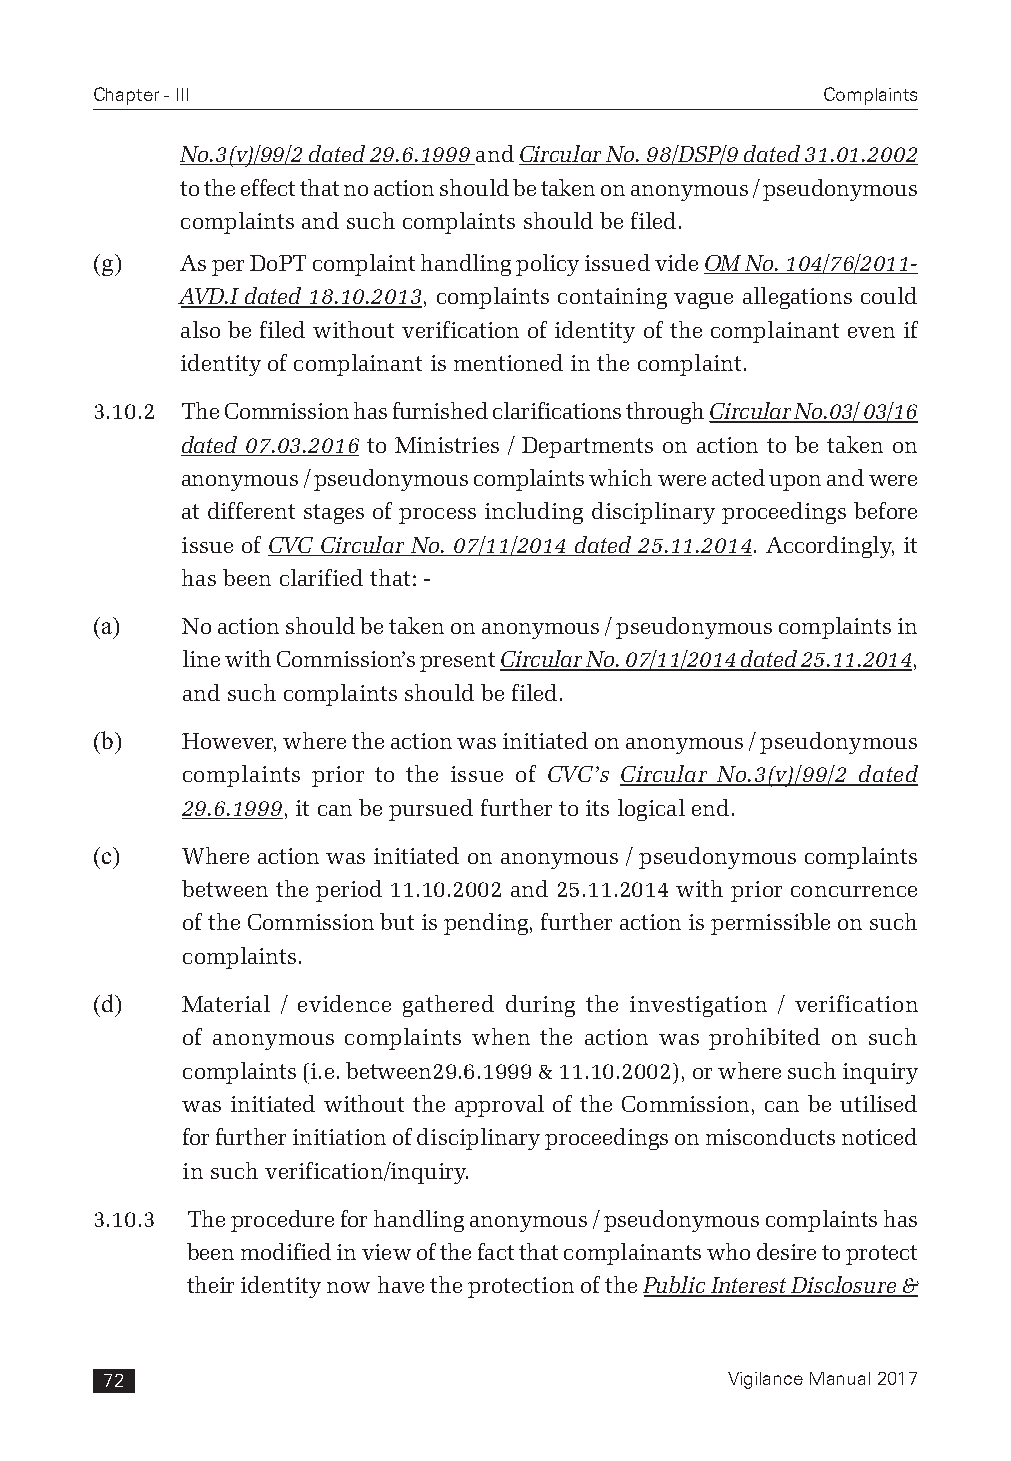
Chapter - III                                   Complaints
 No.3(v)/99/2 dated 29.6.1999 and Circular No. 98/DSP/9 dated 31.01.2002
 to the effect that no action should be taken on anonymous / pseudonymous
 complaints and such complaints should be filed.
 (g)   As per DoPT complaint handling policy issued vide OM No. 104/76/2011-
 AVD.I dated 18.10.2013, complaints containing vague allegations could
 also be filed without verification of identity of the complainant even if
 identity of complainant is mentioned in the complaint.
 3.10.2 The Commission has furnished clarifications through Circular No.03/ 03/16
 dated 07.03.2016 to Ministries / Departments on action to be taken on
 anonymous / pseudonymous complaints which were acted upon and were
 at different stages of process including disciplinary proceedings before
 issue of CVC Circular No. 07/11/2014 dated 25.11.2014. Accordingly, it
 has been clarified that: -
 (a)   No action should be taken on anonymous / pseudonymous complaints in
 line with Commission’s present Circular No. 07/11/2014 dated 25.11.2014,
 and such complaints should be filed.
 (b)   However, where the action was initiated on anonymous / pseudonymous
 complaints prior to the issue of CVC’s Circular No.3(v)/99/2 dated
 29.6.1999, it can be pursued further to its logical end.
 (c)   Where action was initiated on anonymous / pseudonymous complaints
 between the period 11.10.2002 and 25.11.2014 with prior concurrence
 of the Commission but is pending, further action is permissible on such
 complaints.
 (d)   Material / evidence gathered during the investigation / verification
 of anonymous complaints when the action was prohibited on such
 complaints (i.e. between29.6.1999 & 11.10.2002), or where such inquiry
 was initiated without the approval of the Commission, can be utilised
 for further initiation of disciplinary proceedings on misconducts noticed
 in such verification/inquiry.
 3.10.3 The procedure for handling anonymous / pseudonymous complaints has
 been modified in view of the fact that complainants who desire to protect
 their identity now have the protection of the Public Interest Disclosure &
 72                                       Vigilance Manual 2017